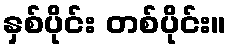
နှစ်ပိုင်း တစ်ပိုင်း။